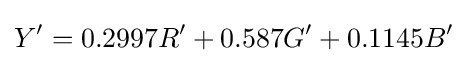
Y'=0.2997R'+0.587G'+0.1145B'